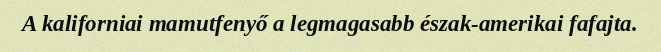
A kaliforniai mamutfenyő a legmagasabb észak-amerikai fafajta.